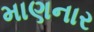
માણનાર